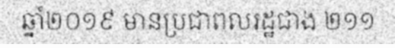
ឆ្នាំ២០១៩ មានប្រជាពលរដ្ឋជាង ២១១